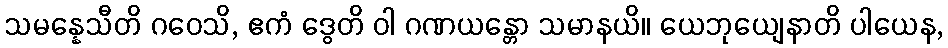
သမန္နေသီတိ ဂဝေသိ, ဧကံ ဒွေတိ ဝါ ဂဏယန္တော သမာနယိ။ ယေဘုယျေနာတိ ပါယေန,